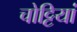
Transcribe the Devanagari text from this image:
चोट्टियां